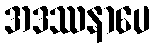
အဒဿနာပေ